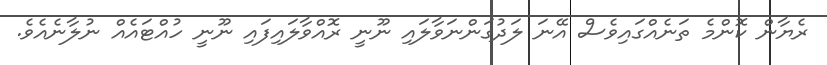
ރެޔާން ކޮންމެ ތަނެއްގައިވެސް އޭނަ ލަދުގަންނަވާލައި ނޫނީ ރޮއްވާލައިފައި ނޫނީ ހުއްޓައެއް ނުލާނެއެވެ.